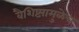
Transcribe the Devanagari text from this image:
वैशिष्ट्यामुळेच